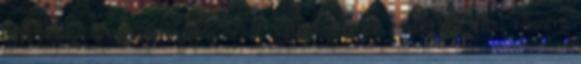
szerződéses kötelezettségeire. 4 A Vállalkozás az adatkezelő által részére